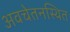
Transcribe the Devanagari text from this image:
अवचेतनस्थित